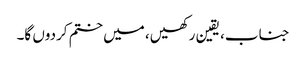
جناب، یقین رکھیں، میں ختم کردوں گا۔